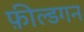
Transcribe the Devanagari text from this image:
फ़ील्डगन